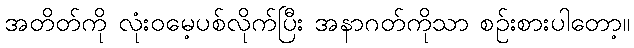
အတိတ်ကို လုံးဝမေ့ပစ်လိုက်ပြီး အနာဂတ်ကိုသာ စဉ်းစားပါတော့။